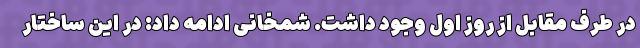
در طرف مقابل از روز اول وجود داشت. شمخانی ادامه داد: در این ساختار